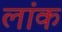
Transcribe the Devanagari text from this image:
लांक